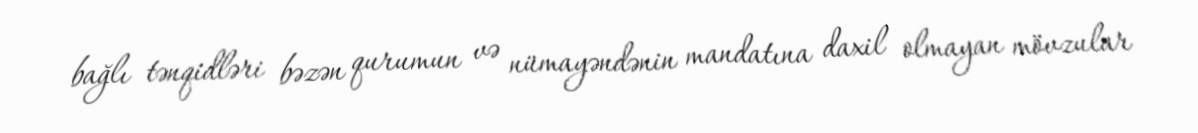
bağlı tənqidləri bəzən qurumun və nümayəndənin mandatına daxil olmayan mövzular